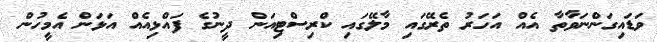
ވަޑައިގަންނަވާތާ އެއް އަހަރު ތެރޭގައި މާލޭގައި ކްރިސްޓިއަން ދީނުގެ ފައްޅިއެއް އަޅަން އެމީހުން